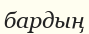
бардың